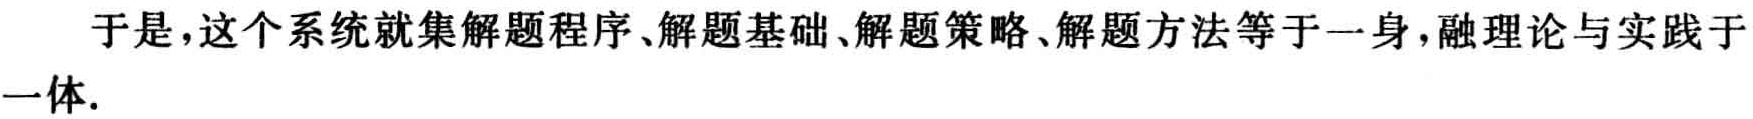
于是，这个系统就集解题程序、解题基础、解题策略、解题方法等于一身，融理论与实践于一体.